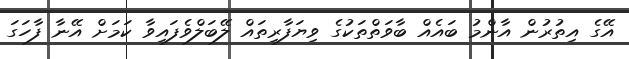
އޭގެ އިތުރުން އާންމު ބައެއް ބާވަތްތަކުގެ ވިޔަފާރިތައް ލޭބަލްވެފައިވާ ކަމަށް އޭނާ ފާހަގަ